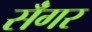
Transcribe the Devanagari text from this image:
सॅंगर